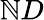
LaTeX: \mathbb{N}D